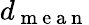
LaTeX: d_{\mathrm{~m~e~a~n~}}